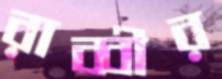
রাব্বীর